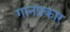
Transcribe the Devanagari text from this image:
गानप्रकार